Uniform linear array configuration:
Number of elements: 64
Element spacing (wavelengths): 0.5
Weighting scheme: uniform
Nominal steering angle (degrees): -30
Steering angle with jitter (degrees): -31.67
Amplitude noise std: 0.05
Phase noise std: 0.05

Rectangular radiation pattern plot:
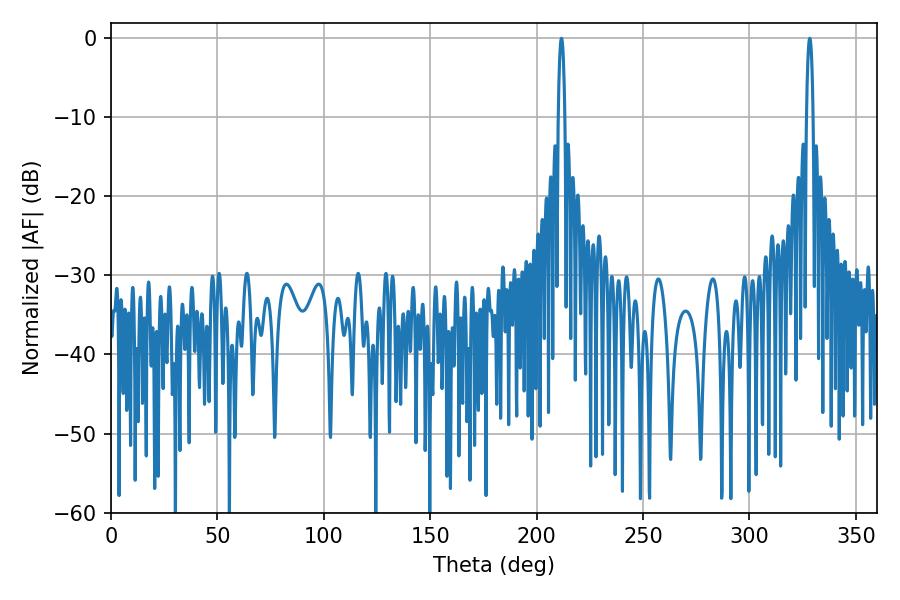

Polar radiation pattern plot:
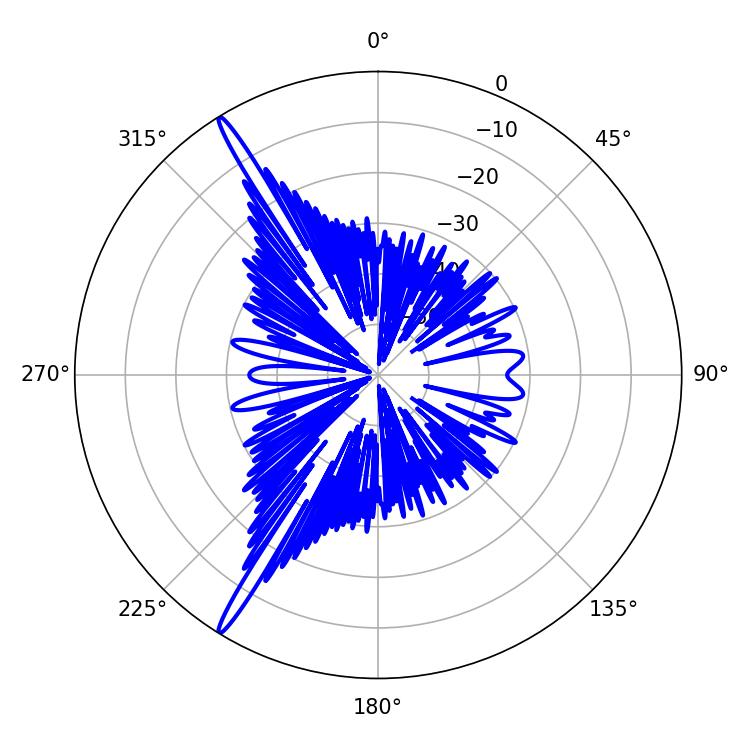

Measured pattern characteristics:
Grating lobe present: FALSE
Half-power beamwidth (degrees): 1.8
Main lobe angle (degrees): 328.32